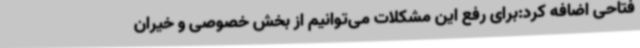
فتاحی اضافه کرد:برای رفع این مشکلات می‌توانیم از بخش خصوصی و خیران